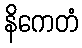
နိကေတံ